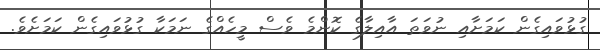
ގުޅުވައިގެން ކަމަށާއި ނުވަތަ އާއިލާގެ ކޮންމެ ވެސް މީހެއްގެ ނަމަކާ ގުޅުވައިގެން ކަމަށެވެ.